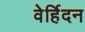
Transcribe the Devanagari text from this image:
वेर्हिदन